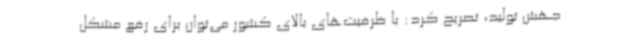
جهش تولید، تصریح کرد: با ظرفیت‌های بالای کشور می‌توان برای رفع مشکل